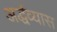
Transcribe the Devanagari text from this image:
अर्द्धव्यास